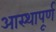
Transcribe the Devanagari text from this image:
आस्थापूर्ण